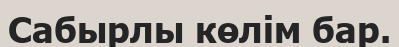
Сабырлы көлім бар.